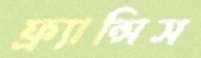
ফ্র্যান্সিস